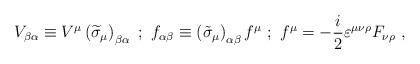
LaTeX: \begin{align*}V_{\beta \alpha }\equiv V^\mu \left( \widetilde{\sigma }_\mu \right) _{\beta\alpha }\mbox{ };\mbox{ }f_{\alpha \beta }\equiv \left( \tilde{\sigma}_\mu\right) _{\alpha \beta }f^\mu \mbox{ };\mbox{ }f^\mu =-\frac i2\varepsilon^{\mu \nu \rho }F_{\nu \rho }\mbox{ }, \end{align*}